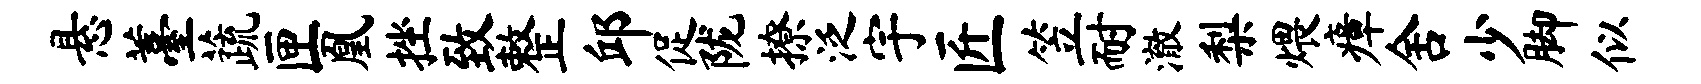
悬薹蔬匣凰挫致整邱促陇撩泛宇匠笠耐澈梨煨瘴舍少脚似